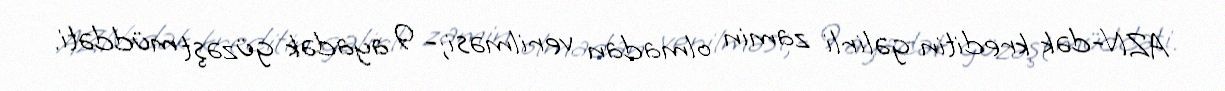
AZN-dək kreditin gəlirli zamin olmadan verilməsi;- 9 ayadək güzəşt müddəti.